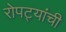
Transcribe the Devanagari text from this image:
रोपट्यांची